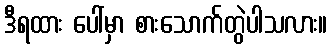
ဒီရထား ပေါ်မှာ စားသောက်တွဲပါသလား။